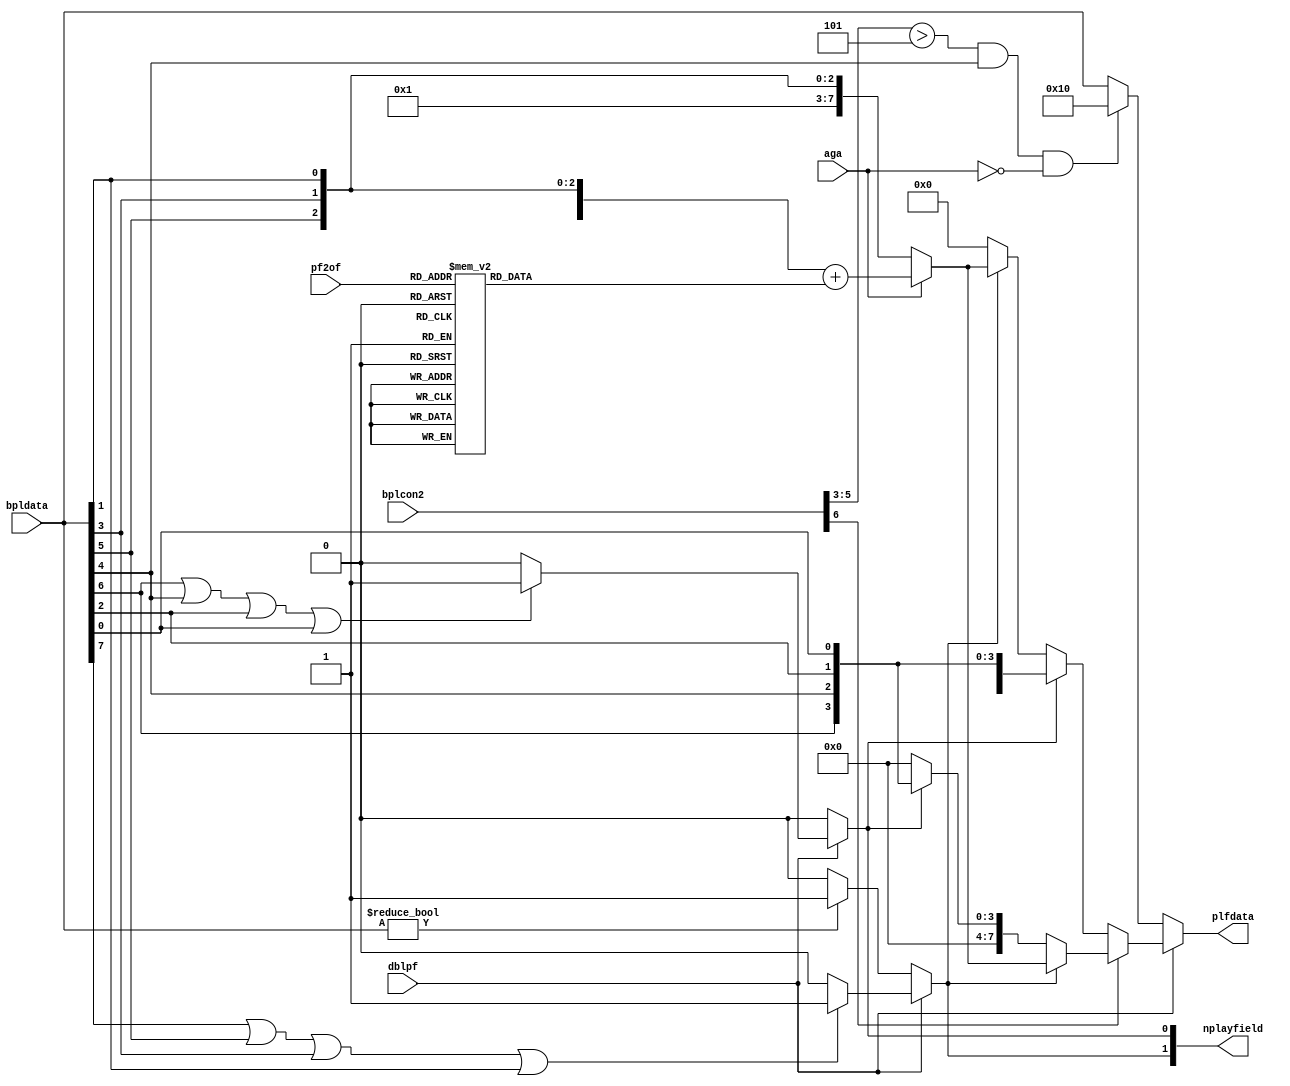
// This program was cloned from: https://github.com/Mazamars312/Analogue-Amiga
// License: GNU General Public License v3.0

//This is the playfield engine.
//It takes the raw bitplane data and generates a
//single or dual playfield
//it also generated the nplayfield valid data signals which are needed
//by the main video priority logic in Denise


module denise_playfields
(
  input  aga,
  input   [8:1] bpldata,         //raw bitplane data in
  input   dblpf,             //double playfield select
  input [2:0] pf2of,        // playfield 2 offset into color table
  input  [6:0] bplcon2,      //bplcon2 (playfields priority)
  output  reg [2:1] nplayfield,  //playfield 1,2 valid data
  output  reg [7:0] plfdata    //playfield data out
);

//local signals
wire pf2pri;            //playfield 2 priority over playfield 1
wire [2:0] pf2p;          //playfield 2 priority code
reg [7:0] pf2of_val;    // playfield 2 offset value

assign pf2pri = bplcon2[6];
assign pf2p = bplcon2[5:3];

always @ (*) begin
  case(pf2of)
    3'd0 : pf2of_val = 8'd0;
    3'd1 : pf2of_val = 8'd2;
    3'd2 : pf2of_val = 8'd4;
    3'd3 : pf2of_val = 8'd8;
    3'd4 : pf2of_val = 8'd16;
    3'd5 : pf2of_val = 8'd32;
    3'd6 : pf2of_val = 8'd64;
    3'd7 : pf2of_val = 8'd128;
  endcase
end

//generate playfield 1,2 data valid signals
always @(*)
begin
  if (dblpf) //dual playfield
  begin
    if (bpldata[7] || bpldata[5] || bpldata[3] || bpldata[1]) //detect data valid for playfield 1
      nplayfield[1] = 1;
    else
      nplayfield[1] = 0;

    if (bpldata[8] || bpldata[6] || bpldata[4] || bpldata[2]) //detect data valid for playfield 2
      nplayfield[2] = 1;
    else
      nplayfield[2] = 0;
  end
  else //single playfield is always playfield 2
  begin
    nplayfield[1] = 0;
    if (bpldata[8:1]!=8'b000000)
      nplayfield[2] = 1;
    else
      nplayfield[2] = 0;
  end
end

//playfield 1 and 2 priority logic
always @(*)
begin
  if (dblpf) //dual playfield
  begin
    if (pf2pri) //playfield 2 (2,4,6) has priority
    begin
      if (nplayfield[2])
        if (aga)
          plfdata[7:0] = {4'b0000,bpldata[8],bpldata[6],bpldata[4],bpldata[2]} + pf2of_val;
        else
          plfdata[7:0] = {4'b0000,1'b1,bpldata[6],bpldata[4],bpldata[2]};
      else if (nplayfield[1])
        plfdata[7:0] = {4'b0000,bpldata[7],bpldata[5],bpldata[3],bpldata[1]};
      else //both planes transparant, select background color
        plfdata[7:0] = 8'b00000000;
    end
    else //playfield 1 (1,3,5) has priority
    begin
      if (nplayfield[1])
        plfdata[7:0] = {4'b0000,bpldata[7],bpldata[5],bpldata[3],bpldata[1]};
      else if (nplayfield[2])
        if (aga)
          plfdata[7:0] = {4'b0000,bpldata[8],bpldata[6],bpldata[4],bpldata[2]} + pf2of_val;
        else
          plfdata[7:0] = {4'b0000,1'b1,bpldata[6],bpldata[4],bpldata[2]};
      else //both planes transparent, select background color
        plfdata[7:0] = 8'b00000000;
    end
  end
  else //normal single playfield (playfield 2 only)
  //OCS/ECS undocumented feature when bpu=5 and pf2pri>5 (Swiv score display)
    if ((pf2p>5) && bpldata[5] && !aga)
      plfdata[7:0] = {8'b00010000};
    else
      plfdata[7:0] = bpldata[8:1];
end


endmodule